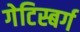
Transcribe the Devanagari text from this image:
गेटिस्बर्ग